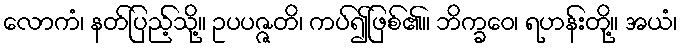
လောကံ၊ နတ်ပြည့်သို့။ ဥပပဇ္ဇတိ၊ ကပ်၍ဖြစ်၏။ ဘိက္ခဝေ၊ ရဟန်းတို့။ အယံ၊